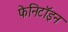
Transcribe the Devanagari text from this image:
फेनिटॉइन